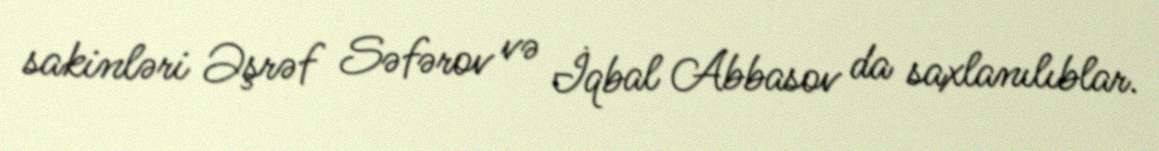
sakinləri Əşrəf Səfərov və İqbal Abbasov da saxlanılıblar.